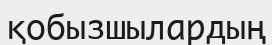
қобызшылардың